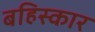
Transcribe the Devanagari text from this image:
बहिस्कार